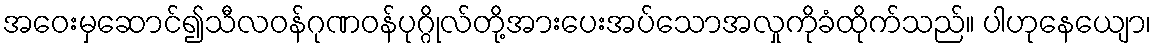
အဝေးမှဆောင်၍သီလဝန်ဂုဏဝန်ပုဂ္ဂိုလ်တို့အားပေးအပ်သောအလှုကိုခံထိုက်သည်။ ပါဟုနေယျော၊